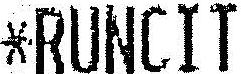
*RUNCIT